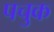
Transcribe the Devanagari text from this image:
पचुक